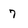
Character: 7